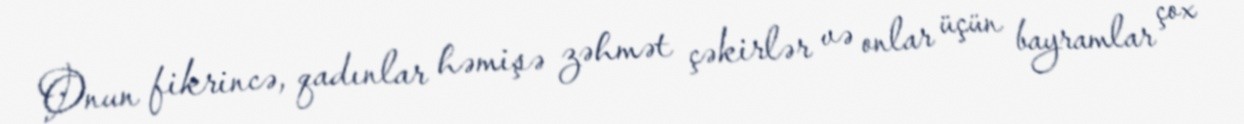
Onun fikrincə, qadınlar həmişə zəhmət çəkirlər və onlar üçün bayramlar çox